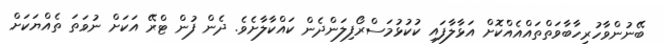
ބޭނުންވާހުރިހާބާވަތްތައްއެއްކޮށް އަޅާލާފައި ކުކުޅުމަސްރޯފިލަންދެން ކައްކާލާށެވެ. ދެން ފުން ޓްރޭ އަކަށް ނުވަތަ ތެއްޔަކަށް